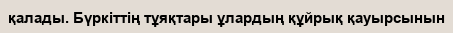
қалады. Бүркіттің тұяқтары ұлардың құйрық қауырсынын